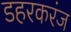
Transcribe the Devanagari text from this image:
डहरकरंज